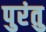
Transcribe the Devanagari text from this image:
पुरंतु